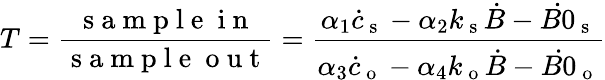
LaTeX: T=\frac{\mathrm{~s~a~m~p~l~e~\ i~n~}}{\mathrm{~s~a~m~p~l~e~\ o~u~t~}}=\frac{\alpha_{1}\dot{c}_{\mathrm{~s~}}-\alpha_{2}k_{\mathrm{~s~}}\dot{B}-\dot{B0}_{\mathrm{~s~}}}{\alpha_{3}\dot{c}_{\mathrm{~o~}}-\alpha_{4}k_{\mathrm{~o~}}\dot{B}-\dot{B0}_{\mathrm{~o~}}}